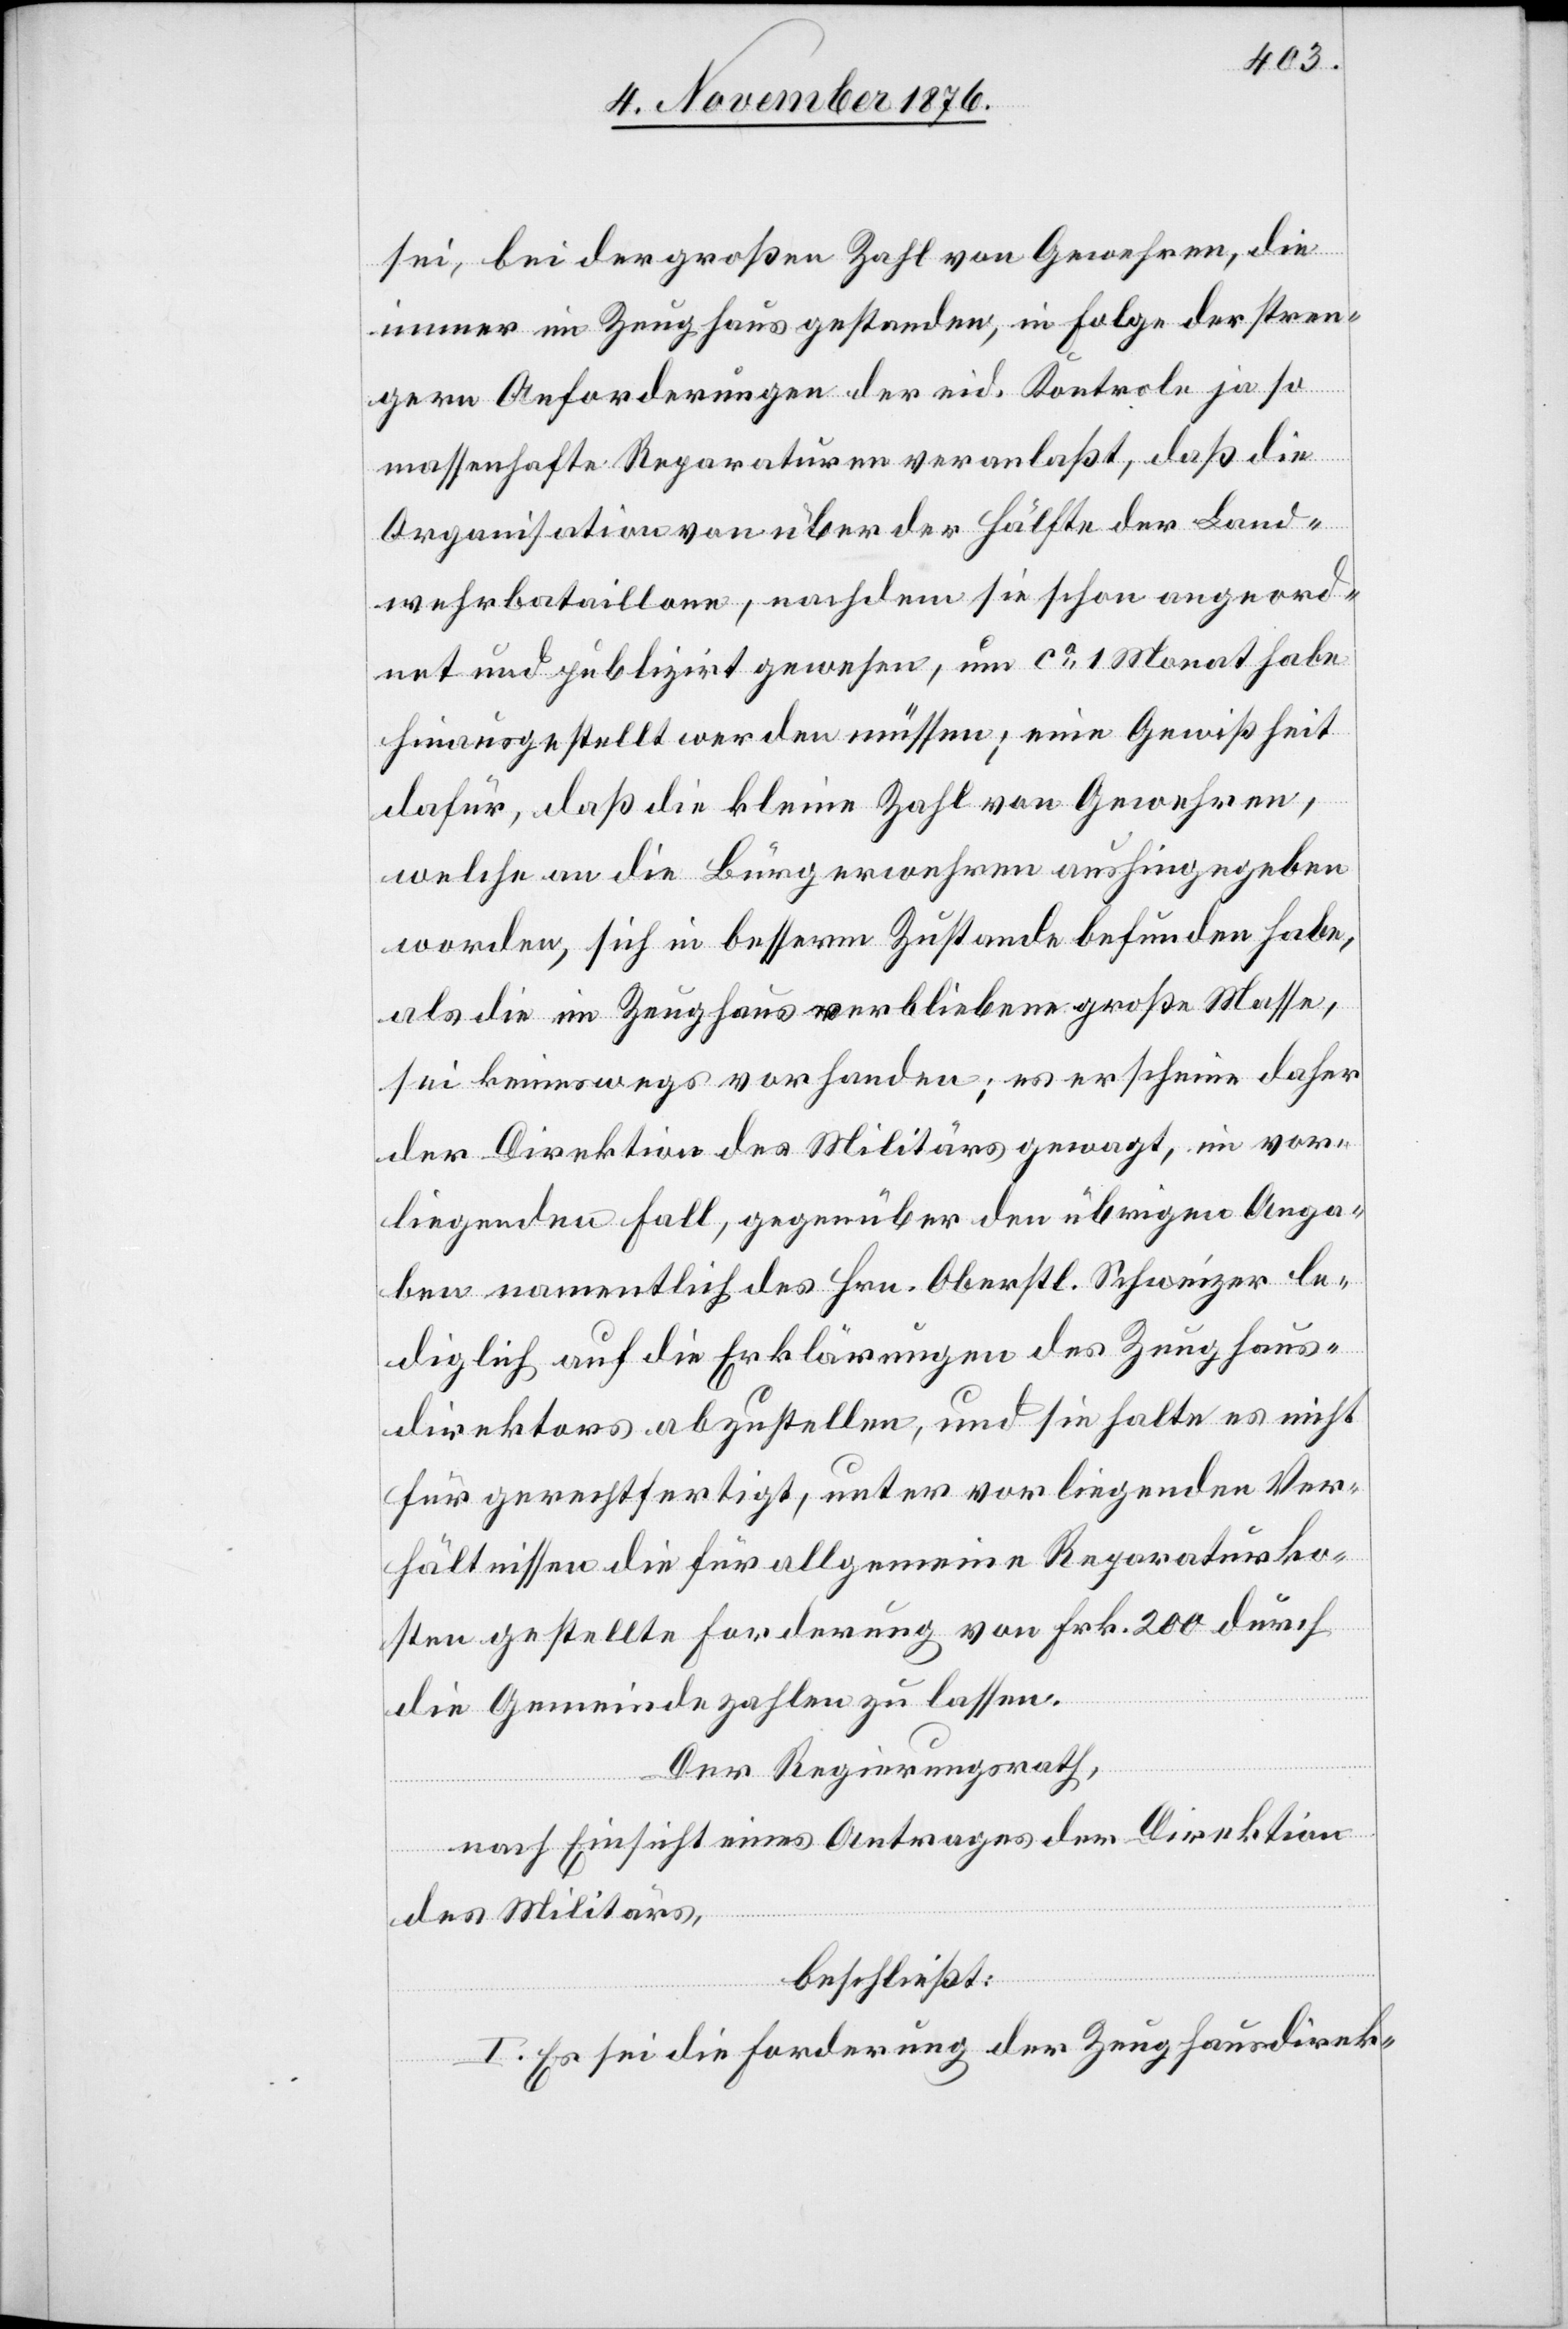
sei, bei der großen Zahl von Gewehren, die
immer im Zeughaus gestanden, in Folge der stren¬
gern Anforderungen der eid. Kontrole ja so
massenhafte Reparaturen veranlaßt, daß die
Organisation von über der Hälfte der Land¬
wehrbataillone, nachdem sie schon angeord¬
net und publizirt gewesen, um ca 1 Monat habe
hinausgestellt werden müssen; eine Gewißheit
dafür, daß die kleine Zahl von Gewehren,
welche an die Bürgerwehren aushingegeben
worden, sich in besserm Zustande befunden habe,
als die im Zeughaus verbliebene große Masse,
sei keineswegs vorhanden; es erscheine daher
der Direktion des Militärs gewagt, im vor¬
liegenden Fall, gegenüber den übrigen Anga¬
ben namentlich des Hrn. Oberstl. Schweizer le¬
diglich auf die Erklärungen des Zeughaus¬
direktors abzustellen, und sie halte es nicht
für gerechtfertigt, unter vorliegenden Ver¬
hältnissen die für allgemeine Reparaturko¬
sten gestellte Forderung von Frk. 200 durch
die Gemeinde zahlen zu lassen.
Der Regierungsrath,
nach Einsicht eines Antrages der Direktion
des Militärs,
beschließt:
I. Es sei die Forderung der Zeughausdirek-